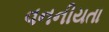
વનનીયતા